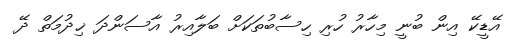
އޭޑީކޭ އިން ބުނީ މިހާރު ހުރި ހިސާބުތަކަށް ބަލާއިރު އާސަންދަ ޚިދުމަތް ދޭ